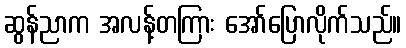
ဆွန်ညာက အလန့်တကြား အော်ပြောလိုက်သည်။